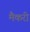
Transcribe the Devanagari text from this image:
मैकरी